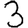
Digit: 3